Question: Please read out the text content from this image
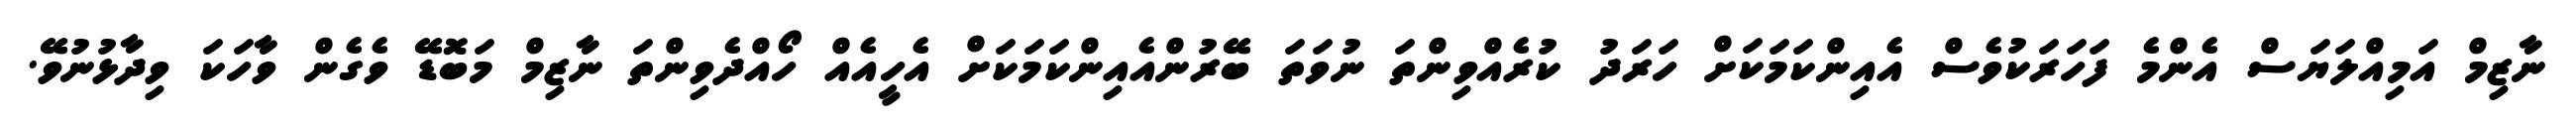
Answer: ނާޒިމް އަމިއްލަޔަސް އެންމެ ފަހަރަކުވެސް އެއިންކަމަކަށް ހަރަދު ކުރެއްވިންތަ ނުވަތަ ބޭރުންއެއިންކަމަކަށް އެހީއެއް ހޯއްދެވިންތަ ނާޒިމް މަބޮޑޭ ވެގެން ވާހަކަ ވިދާޅުނުވޭ.